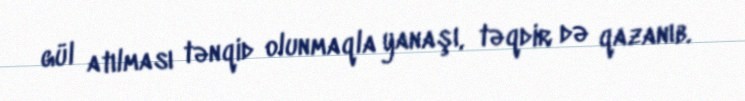
gül atılması tənqid olunmaqla yanaşı, təqdir də qazanıb.